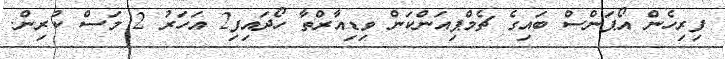
ފިރިހެން އޯޕަންސް ބައިގެ ޗެމްޕިއަންކަން ވިޑިއާރްތާ ހޯދައިފި2 އަހަރު 2 މަސް ކުރިން.